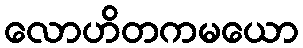
လောဟိတကမယော